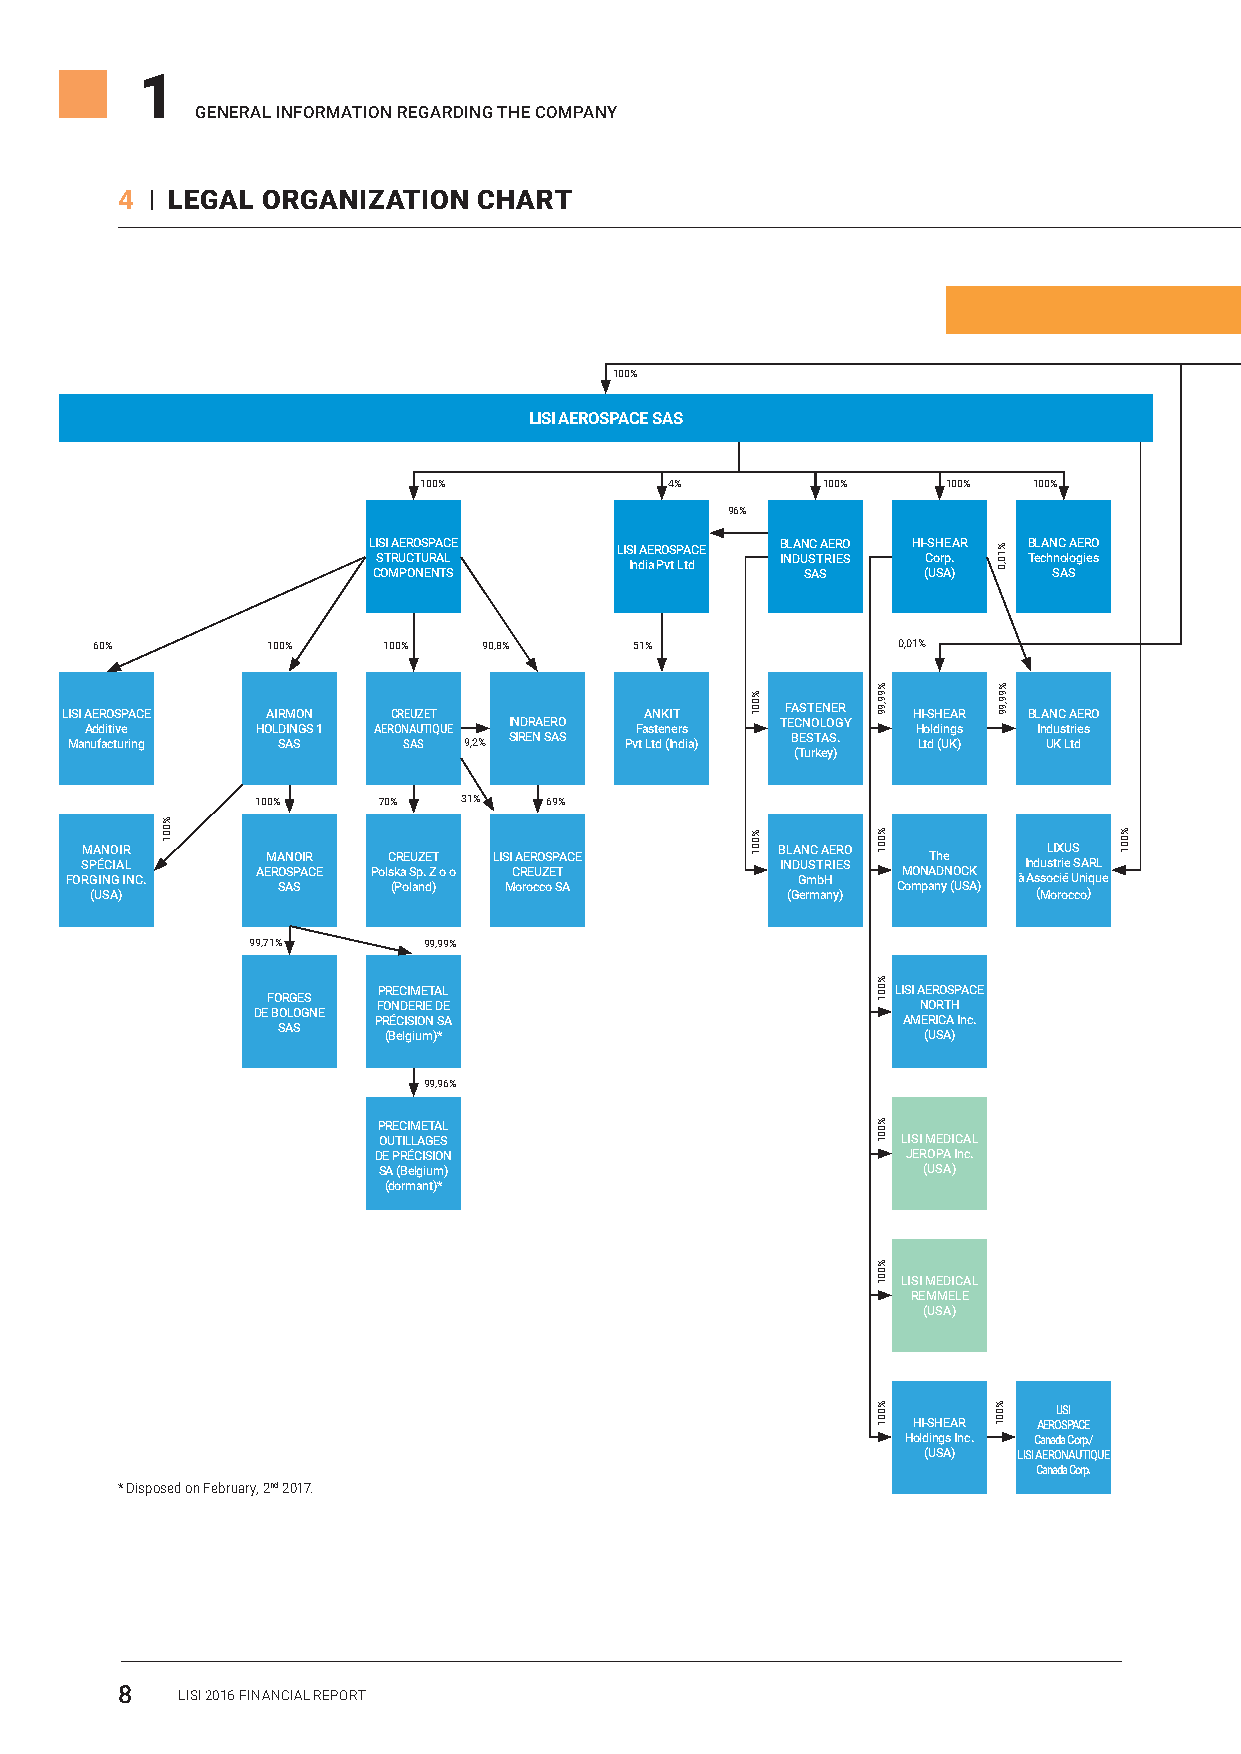
1
 GENERAL INFORMATION REGARDING THE COMPANY
 4 I LEGAL ORGANIZATION  CHART
 LISI SA
 100%
 LISI AEROSPACE SAS
 100%            4%        100%     100% 100%
 96%
 LISI AEROSPACE   LISI AEROSPACE BLANC AERO HI-SHEAR BLANC AERO
 STRUCTURAL       India Pvt Ltd INDUSTRIES Corp. Technologies
 COMPONENTS                  SAS     (USA)    SAS
 60%         100%   100%   90,8%     51%              0,01%
 LISI AEROSPACE AIRMON CREUZET          ANKIT    FASTENER HI-SHEAR BLANC AERO
 Additive   HOLDINGS 1 AERONAUTIQUE INDRAERO Fasteners TECNOLOGY Holdings Industries
 Manufacturing SAS      SAS 9,2% SIREN SAS Pvt Ltd (India) BESTAS. Ltd (UK) UK Ltd
 (Turkey)
 100%    70%   31%  69%
 FOSM RP G (A UÉ IN N SC AO GIA )I IR L N C. AEM RA SON AS SO PAIR C E PolC s (k PR a oE lSU apZ n.E d Z )T o o LIS MI C A oR rE oER cUO cZ oS E P STA A CE B INL (GA D G eUN rmS mC T b aA HR nE I
 y
 ER )SO CM omON paAT nh D ye N (O UC SAK ) à I And s (Mu soL s otI cX rr i oi éeU
 c
 US S cn oA i )R qL ue
 99,71%      99,99%
 FORGES PRECIMETAL                        LISI AEROSPACE
 DE BOLOGNE FONDERIE DE                      NORTH
 SAS    PRÉCISION SA                       AMERICA Inc.
 (Belgium)*                          (USA)
 99,96%
 PRECIMETAL
 OUTILLAGES                         LISI MEDICAL
 DE PRÉCISION                       JEROPA Inc.
 SA (Belgium)                        (USA)
 (dormant)*
 LISI MEDICAL
 REMMELE
 (USA)
 LISI
 HI-SHEAR AEROSPACE
 Holdings Inc. Canada Corp./
 (USA) LISI AERONAUTIQUE
 Canada Corp.
 * Disposed on February, 2nd 2017.
 8   LISI 2016 FINANCIAL REPORT
 %001
 %001
 %001
 %99,99
 %001
 %001
 %001
 %001
 %001
 %10,0
 %99,99
 %001
 %001